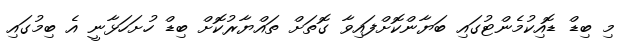
މި ބިޑް ޑޮއިކުމެންޓުގައި ބަޔާންކޮށްފައިވާ ގޮތަށް ތައްޔާރުކޮށް ބިޑް ހުށަހަޅާނީ އެ ބިމުގައި